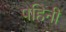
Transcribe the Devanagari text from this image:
पहिनी